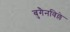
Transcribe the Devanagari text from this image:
बुगैनविल्ले